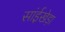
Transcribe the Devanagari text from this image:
सांईखेड़ा